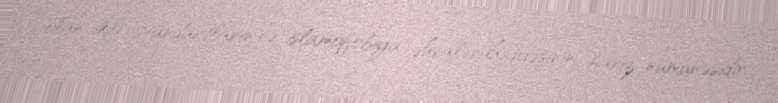
olan ikili standartların və islamofobiya əhval-ruhiyyəsinin bariz nümunəsidir.